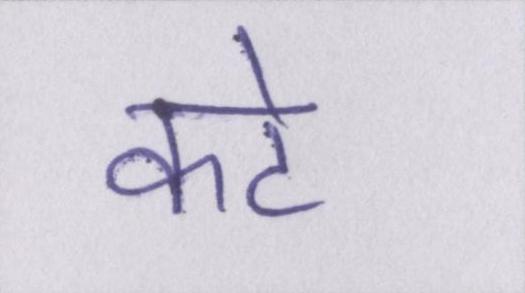
कटे